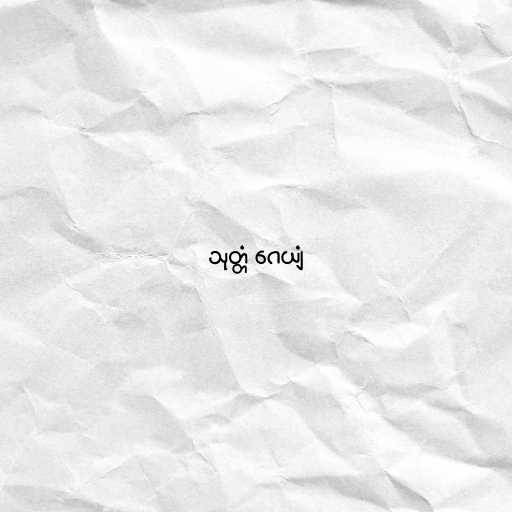
သုတ္တံ ဂေယျံ